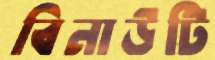
বিনাউটি